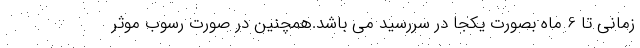
زمانی تا 6 ماه بصورت یکجا در سررسید می باشد.همچنین در صورت رسوب موثر